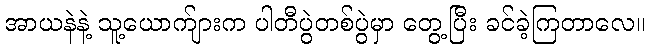
အာယနဲနဲ့ သူ့ယောက်ျားက ပါတီပွဲတစ်ပွဲမှာ တွေ့ပြီး ခင်ခဲ့ကြတာလေ။